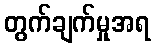
တွက်ချက်မှုအရ